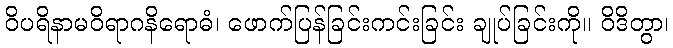
ဝိပရိနာမဝိရာဂနိရောဓံ၊ ဖောက်ပြန်ခြင်းကင်းခြင်း ချုပ်ခြင်းကို။ ဝိဒိတွာ၊